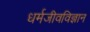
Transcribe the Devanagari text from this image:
धर्मजीवविज्ञान